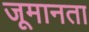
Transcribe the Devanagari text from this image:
जूमानता